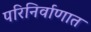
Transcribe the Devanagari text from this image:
परिनिर्वाणात